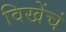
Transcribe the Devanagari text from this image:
विखेंचं